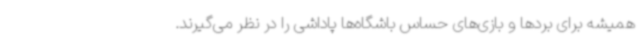
همیشه برای بردها و بازی‌های حساس باشگاه‌ها پاداشی را در نظر می‌گیرند.